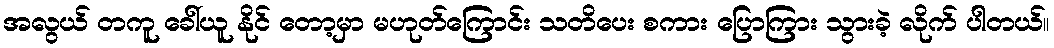
အလွယ် တကူ ခေါ်ယူ နိုင် တော့မှာ မဟုတ်ကြောင်း သတိပေး စကား ပြောကြား သွားခဲ့ လိုက် ပါတယ်။